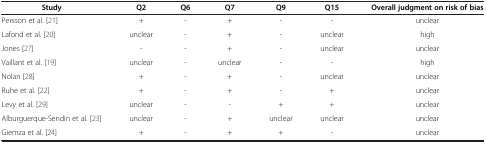
<table><thead><tr><td><b>Study</b></td><td><b>Q2</b></td><td><b>Q6</b></td><td><b>Q7</b></td><td><b>Q9</b></td><td><b>Q15</b></td><td><b>Overall judgment on risk of bias</b></td></tr></thead><tbody><tr><td>Persson et al. [21]</td><td>+</td><td>-</td><td>+</td><td>-</td><td>-</td><td>unclear</td></tr><tr><td>Lafond et al. [20]</td><td>unclear</td><td>-</td><td>+</td><td>-</td><td>unclear</td><td>high</td></tr><tr><td>Jones [27]</td><td>-</td><td>-</td><td>+</td><td>-</td><td>unclear</td><td>unclear</td></tr><tr><td>Vaillant et al. [19]</td><td>unclear</td><td>-</td><td>unclear</td><td>-</td><td>-</td><td>high</td></tr><tr><td>Nolan [28]</td><td>+</td><td>-</td><td>+</td><td>-</td><td>unclear</td><td>unclear</td></tr><tr><td>Ruhe et al. [22]</td><td>+</td><td>-</td><td>+</td><td>-</td><td>+</td><td>unclear</td></tr><tr><td>Levy et al. [29]</td><td>unclear</td><td>-</td><td>-</td><td>+</td><td>+</td><td>unclear</td></tr><tr><td>Alburguerque-Sendin et al. [23]</td><td>unclear</td><td>-</td><td>+</td><td>unclear</td><td>unclear</td><td>unclear</td></tr><tr><td>Giemza et al. [24]</td><td>+</td><td>-</td><td>+</td><td>+</td><td>-</td><td>unclear</td></tr></tbody></table>